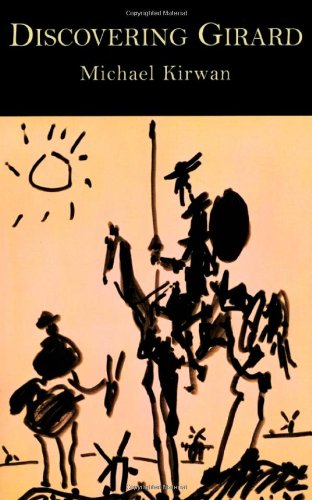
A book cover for Discovering Girard; Michael Kirwan; Christian Books & Bibles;